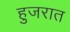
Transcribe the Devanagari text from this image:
हुजरात